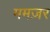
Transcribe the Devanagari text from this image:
ममज़र